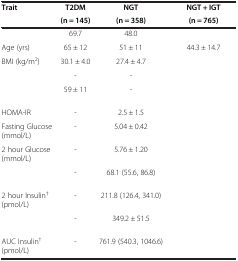
<table><thead><tr><td rowspan="2"><b>Trait</b></td><td><b>T2DM</b></td><td><b>NGT</b></td><td><b>NGT + IGT</b></td></tr><tr><td><b>(n = 145)</b></td><td><b>(n = 358)</b></td><td><b>(n = 765)</b></td></tr></thead><tbody><tr><td>[EMPTY_CELL]</td><td>69.7</td><td>48.0</td><td>[EMPTY_CELL]</td></tr><tr><td>Age (yrs)</td><td>65 ± 12</td><td>51 ± 11</td><td>44.3 ± 14.7</td></tr><tr><td>BMI (kg/m<sup>2</sup>)</td><td>30.1 ± 4.0</td><td>27.4 ± 4.7</td><td>[EMPTY_CELL]</td></tr><tr><td>[EMPTY_CELL]</td><td>-</td><td>-</td><td>[EMPTY_CELL]</td></tr><tr><td>[EMPTY_CELL]</td><td>59 ± 11</td><td>-</td><td>[EMPTY_CELL]</td></tr><tr><td>HOMA-IR</td><td>-</td><td>2.5 ± 1.5</td><td>[EMPTY_CELL]</td></tr><tr><td>Fasting Glucose (mmol/L)</td><td>-</td><td>5.04 ± 0.42</td><td>[EMPTY_CELL]</td></tr><tr><td>2 hour Glucose (mmol/L)</td><td>-</td><td>5.76 ± 1.20</td><td>[EMPTY_CELL]</td></tr><tr><td>[EMPTY_CELL]</td><td>-</td><td>68.1 (55.6, 86.8)</td><td>[EMPTY_CELL]</td></tr><tr><td>2 hour Insulin<sup>†</sup> (pmol/L)</td><td>-</td><td>211.8 (126.4, 341.0)</td><td>[EMPTY_CELL]</td></tr><tr><td>[EMPTY_CELL]</td><td>-</td><td>349.2 ± 51.5</td><td>[EMPTY_CELL]</td></tr><tr><td>AUC Insulin<sup>†</sup> (pmol/L)</td><td>-</td><td>761.9 (540.3, 1046.6)</td><td>[EMPTY_CELL]</td></tr></tbody></table>